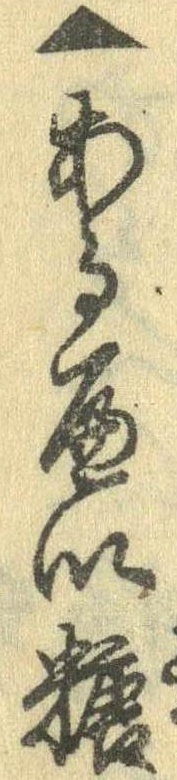
▲あるへい糖